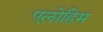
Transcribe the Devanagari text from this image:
एलोहिम